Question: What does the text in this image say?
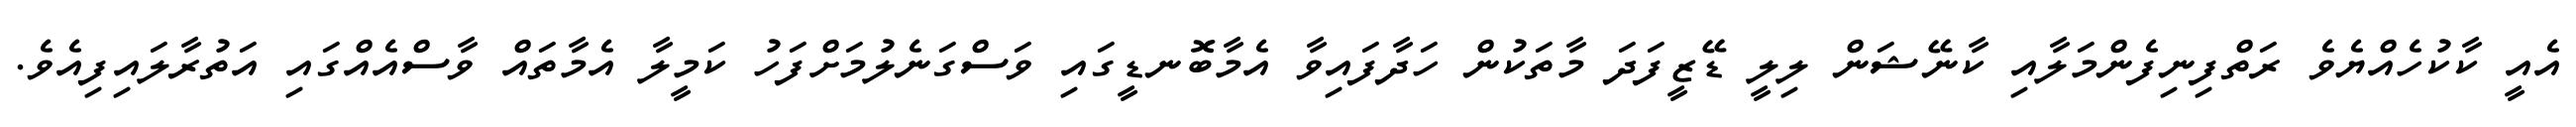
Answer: އެއީ ކާކުހެއްޔެވެ ރަތްފިނިފެންމަލާއި ކާނޭޝަން ލިލީ ޑޭޒީފަދަ މާތަކުން ހަދާފައިވާ އެމާބޮނޑީގައި ވަސްގަނެލުމަށްފަހު ކަމީލާ އެމާތައް ވާސްއެއްގައި އަތުރާލައިފިއެވެ.